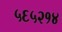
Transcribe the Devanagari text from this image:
५६५२१४